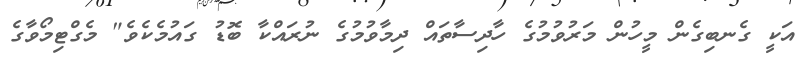
އަކީ ގެނބިގެން މީހުން މަރުވުމުގެ ހާދިސާތައް ދިމާވުމުގެ ނުރައްކާ ބޮޑު ގައުމެކެވެ" މެގްޓިމޯވާގެ